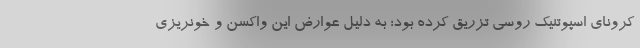
کرونای اسپوتنیک روسی تزریق کرده بود؛ به دلیل عوارض این واکسن و خونریزی